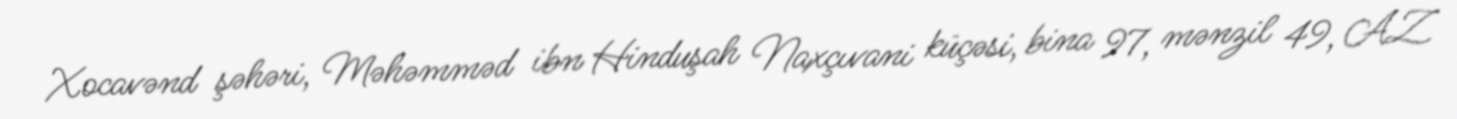
Xocavənd şəhəri, Məhəmməd ibn Hinduşah Naxçıvani küçəsi, bina 97, mənzil 49, AZ